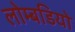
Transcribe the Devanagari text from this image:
लोम्बडियो